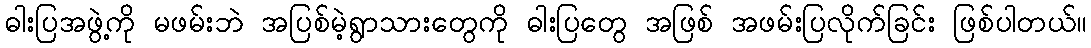
ဓါးပြအဖွဲ့ကို မဖမ်းဘဲ အပြစ်မဲ့ရွာသားတွေကို ဓါးပြတွေ အဖြစ် အဖမ်းပြလိုက်ခြင်း ဖြစ်ပါတယ်။